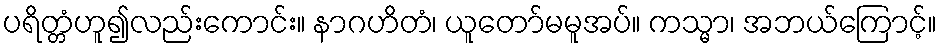
ပရိတ္တံဟူ၍လည်းကောင်း။ နာဂဟိတံ၊ ယူတော်မမူအပ်။ ကသ္မာ၊ အဘယ်ကြောင့်။